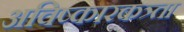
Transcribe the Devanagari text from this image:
अविष्कारकत्र्ता